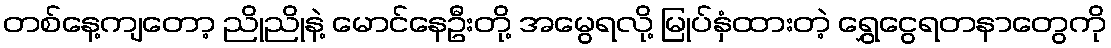
တစ်နေ့ကျတော့ ညိုညိုနဲ့ မောင်နေဦးတို့ အမွေရလို့ မြုပ်နှံထားတဲ့ ရွှေငွေရတနာတွေကို